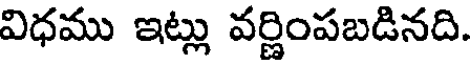
విధము ఇట్లు వర్ణింపబడినది.